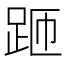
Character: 𲃚